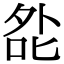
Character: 夞